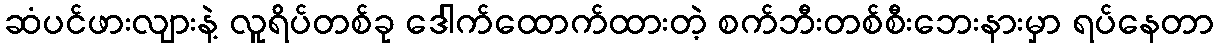
ဆံပင်ဖားလျားနဲ့ လူရိပ်တစ်ခု ဒေါက်ထောက်ထားတဲ့ စက်ဘီးတစ်စီးဘေးနားမှာ ရပ်နေတာ